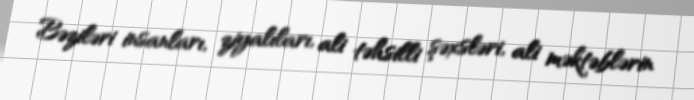
Bəziləri insanları, ziyalıları, ali təhsilli şəxsləri, ali məktəblərin